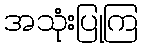
အသုံးပြုကြ